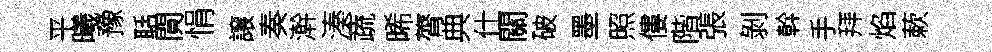
平曦豫聒閴悁譲奏澣湊蔬晞膂典仕關破墨照僂階張剝幹手拜焰蔌